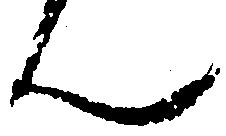
ん